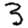
Digit: 3